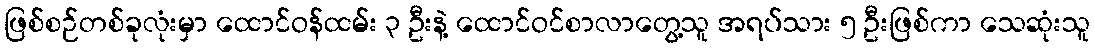
ဖြစ်စဉ်တစ်ခုလုံးမှာ ထောင်ဝန်ထမ်း ၃ ဦးနဲ့ ထောင်ဝင်စာလာတွေ့သူ အရပ်သား ၅ ဦးဖြစ်ကာ သေဆုံးသူ